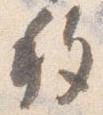
移